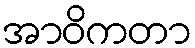
အာဝိကတာ